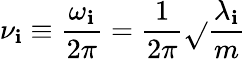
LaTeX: \nu_{\mathbf{i}}\equiv\frac{{\omega_{\mathbf{i}}}}{{2\pi}}=\frac{{1}}{{2\pi}}\sqrt{}{{\frac{{\lambda_{\mathbf{i}}}}{{m}}}}